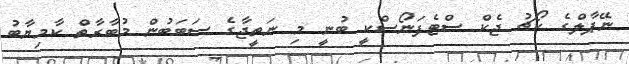
ނޭޕާލްގެ ކޯޗު ޖެކް ސްޓެފަނޯސްކީ ބުނީ މި ނަތީޖާގެ ސަބަބުން މުބާރާތް ކާމިޔާބު